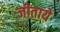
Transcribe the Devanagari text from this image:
जीताये